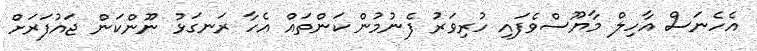
އެހެނަސް އާހިލް މާޔޫސްވެފައި ހުރިވަރު ފެނުމުން ކަންތައް އެހާ ރަނގަޅު ނޫންކަން ޖައުފަރަށް